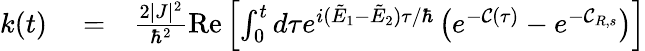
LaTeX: \begin{array}{rlr}{k(t)}&{{}=}&{\frac{2|J|^{2}}{\hbar^{2}}\mathrm{Re}\left[\int_{0}^{t}d\tau e^{i(\tilde{E}_{1}-\tilde{E}_{2})\tau/\hbar}\left(e^{-{\mathcal C}(\tau)}-e^{-{\mathcal C}_{R,s}}\right)\right]}\end{array}